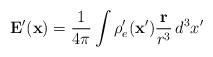
LaTeX: \begin{align*}\mathbf{E}^{\prime}(\mathbf{x}) =\frac{1}{4\pi}\int\rho_e^{\prime}(\mathbf{x}')\frac{\mathbf{r}}{r^3}\,d^3x'\end{align*}